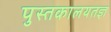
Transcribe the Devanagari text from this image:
पुस्तकालयतज्ञ